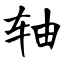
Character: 轴